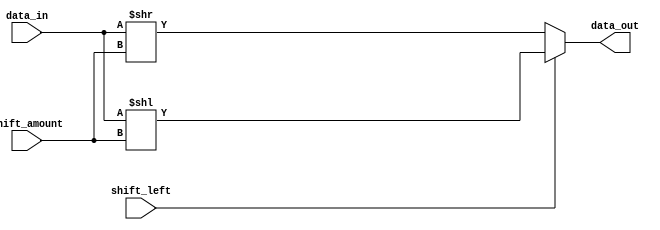
module barrel_shifter(
    input [7:0] data_in,
    input [2:0] shift_amount,
    input shift_left,
    output [7:0] data_out
);

// Create shift logic
assign data_out = (shift_left) ? 
                    (data_in << shift_amount) : 
                    (data_in >> shift_amount);

endmodule